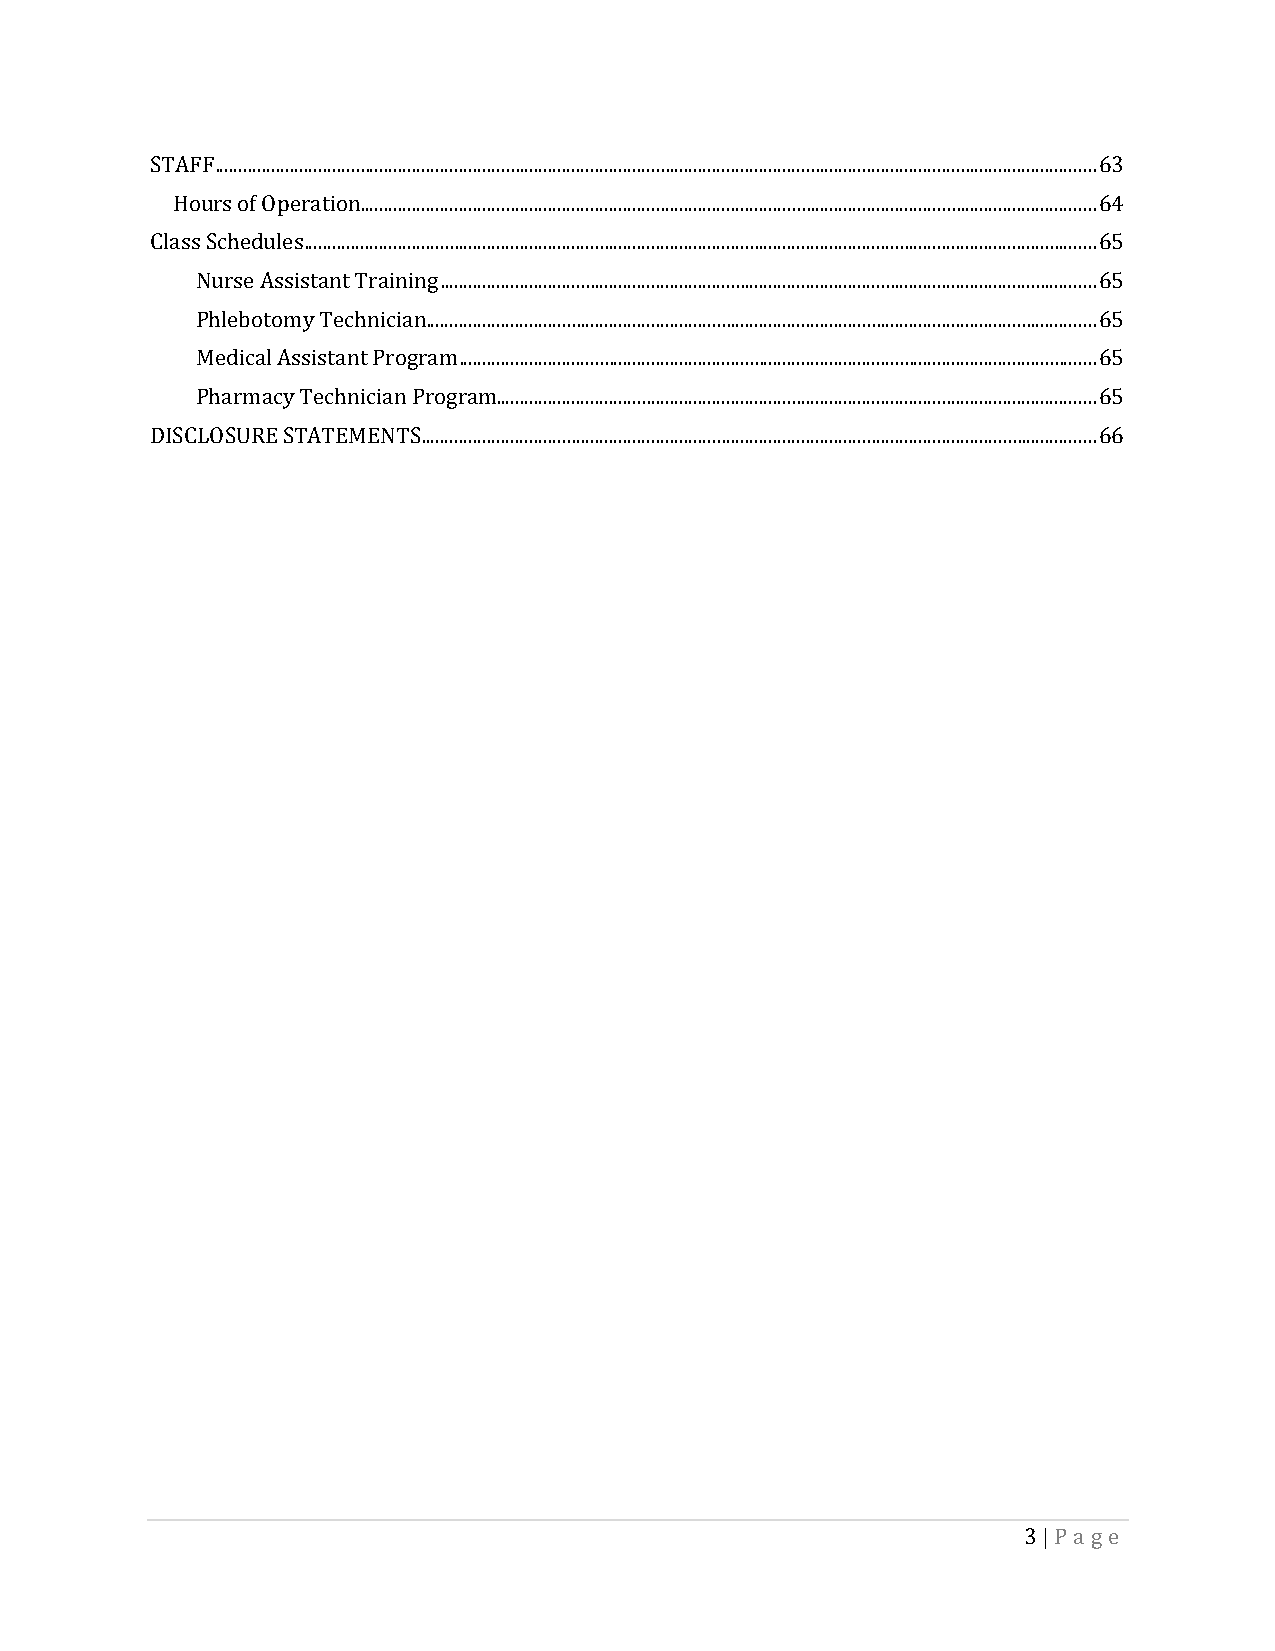
STAFF ............................................................................................................................................................................................ 63
 Hours of Operation ............................................................................................................................................................. 64
 Class Schedules ......................................................................................................................................................................... 65
 Nurse Assistant Training ............................................................................................................................................ 65
 Phlebotomy Technician ............................................................................................................................................... 65
 Medical Assistant Program ........................................................................................................................................ 65
 Pharmacy Technician Program................................................................................................................................ 65
 DISCLOSURE STATEMENTS ................................................................................................................................................ 66
 3 | Pa ge